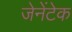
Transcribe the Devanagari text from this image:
जेनेंटेक